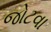
જોટવા